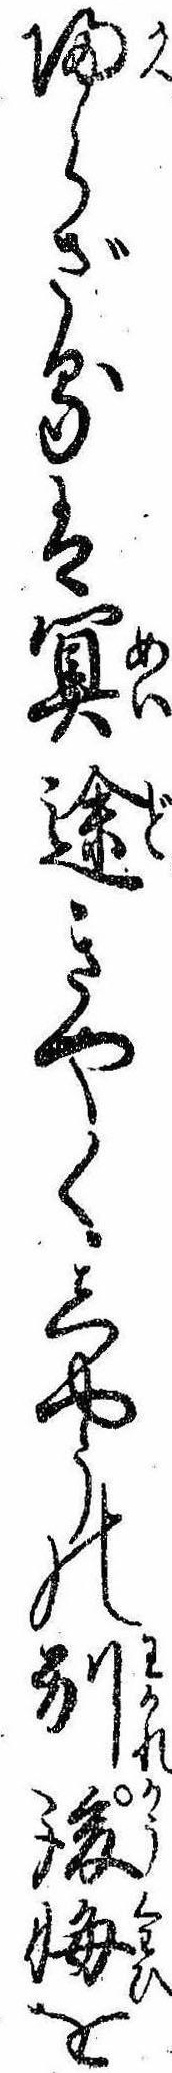
帰らざるは冥途きやくしやうの別後悔を